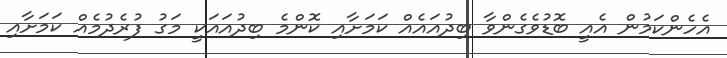
އެހެންކަމުން އެއީ ބޮޑުވެގެންވާ ބިދުއައެއް ކަމަށާއި ކޮންމެ ބިދުއައަކީ މަގު ފުރެދުމެއް ކަމަށާއި